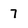
Character: 7